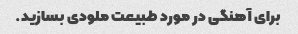
برای آهنگی در مورد طبیعت ملودی بسازید.